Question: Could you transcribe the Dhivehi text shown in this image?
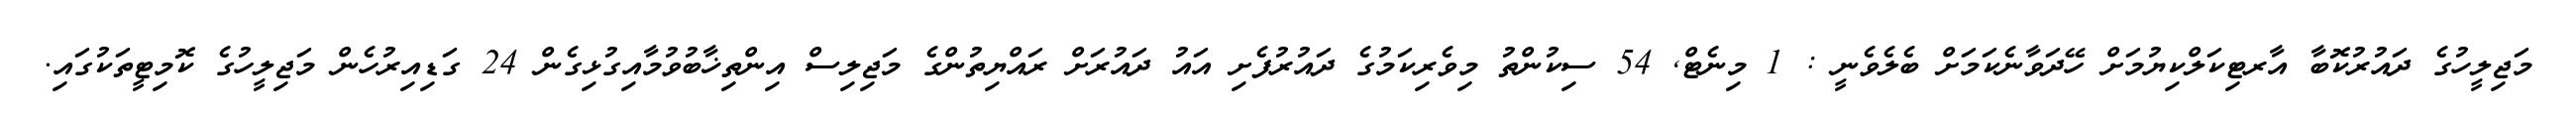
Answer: މަޖިލީހުގެ ދައުރުކޮބާ އާރޓިކަލްކިޔުމަށް ހޭދަވާނެކަމަށް ބެލެވެނީ : 1 މިނެޓް, 54 ސިކުންތު މިވެރިކަމުގެ ދައުރުފެށި އައު ދައުރަށް ރައްޔިތުންގެ މަޖިލިސް އިންތިޚާބުވުމާއިގުޅިގެން 24 ގަޑިއިރުހެން މަޖިލީހުގެ ކޮމިޓީތަކުގައި.